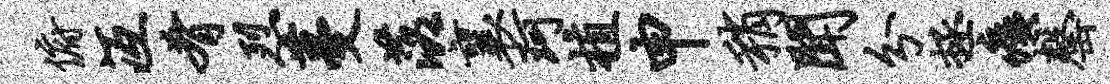
俯冱肴烈蔓落襄珂植申稍闻分拯痍罄